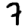
Digit: 7